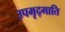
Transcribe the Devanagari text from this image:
उपमृद्गाति